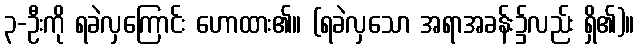
၃-ဦးကို ရခဲလှကြောင်း ဟောထား၏။ (ရခဲလှသော အရာအခန်း၌လည်း ရှိ၏)။